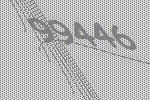
99446